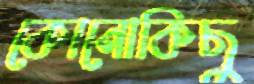
কোনোকিছু